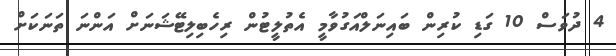
4 ދުވަސް 10 ގަޑި ކުރިން ބައިނަލްއަގުވާމީ އެތުލީޓުން ރިހެބިލިޓޭޝަނަށް އަންނަ ތަނަކަށް